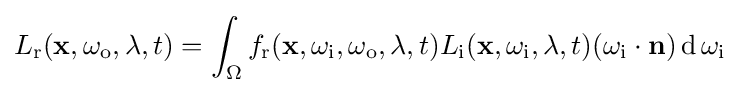
L_{\text{r}}(\mathbf {x} ,\omega _{\text{o}},\lambda ,t)=\int _{\Omega }f_{\text{r}}(\mathbf {x} ,\omega _{\text{i}},\omega _{\text{o}},\lambda ,t)L_{\text{i}}(\mathbf {x} ,\omega _{\text{i}},\lambda ,t)(\omega _{\text{i}}\cdot \mathbf {n} )\operatorname {d} \omega _{\text{i}}